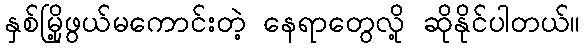
နှစ်မြို့ဖွယ်မကောင်းတဲ့ နေရာတွေလို့ ဆိုနိုင်ပါတယ်။